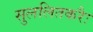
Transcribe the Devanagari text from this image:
सुललितकरैः